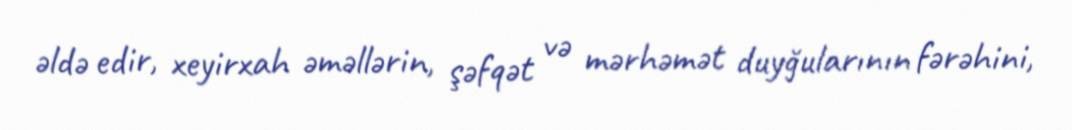
əldə edir, xeyirxah əməllərin, şəfqət və mərhəmət duyğularının fərəhini,